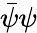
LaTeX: {\bar{\psi}}\psi